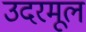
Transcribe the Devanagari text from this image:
उदरमूल